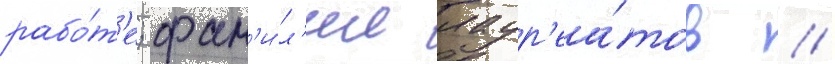
рабо́т'е; фам'и́л'ии лаур'еа́тов /